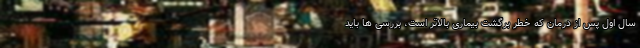
سال اول پس از درمان که خطر برگشت بیماری بالاتر است، بررسی ها باید